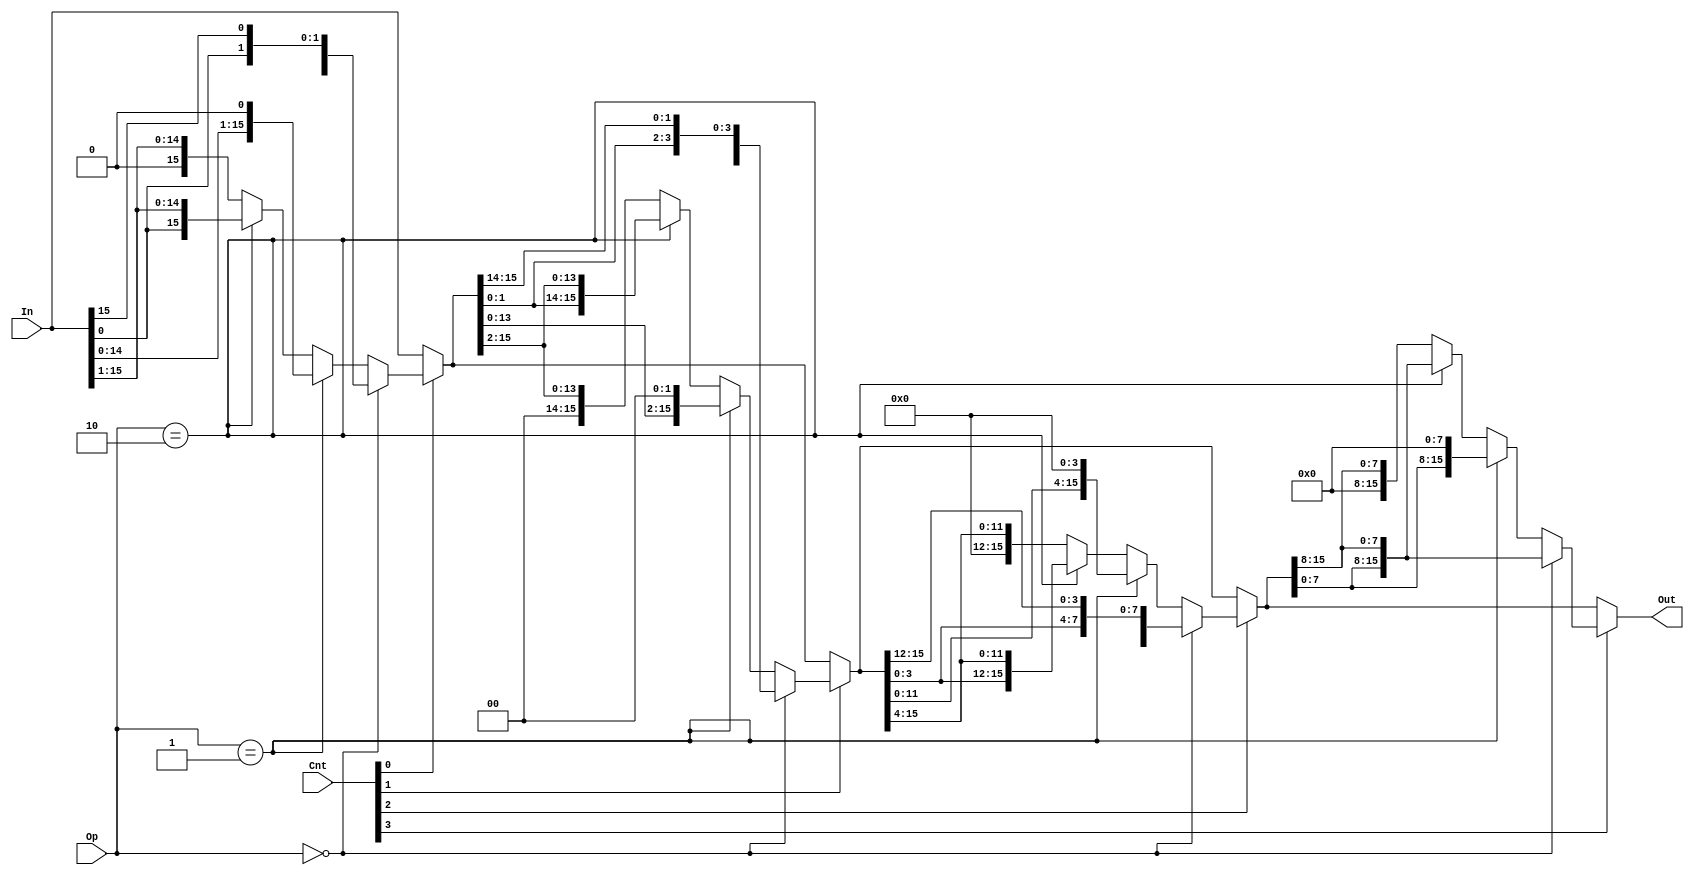
module shifter (In, Cnt, Op, Out);
   
   input [15:0] In;
   input [3:0]  Cnt;
   input [1:0]  Op;
   output [15:0] Out;

   wire [15:0] mod_layer_1, mod_layer_2, mod_layer_4, mod_layer_8;
   wire [15:0] res_layer_1, res_layer_2, res_layer_4, res_layer_8;

   localparam ROT_LEFT = 2'b00;
   localparam SHFT_LEFT = 2'b01;
   localparam ROT_RIGHT = 2'b10;
   localparam SHFT_RIGHT_LOG = 2'b11;

   // Layer 1 of Multiplexers
   assign mod_layer_1 = Op == ROT_LEFT ? ({In[14:0],In[15]}) :
                        (Op == SHFT_LEFT ? ({In[14:0], 1'b0}) :
                        (Op == ROT_RIGHT ? ({In[0],In[15:1]}) : 
                        ({1'b0,In[15:1]}))); // Op == SHFT_RIGHT_LOG 

   assign res_layer_1 = Cnt[0] ? mod_layer_1 : In;

   // Layer 2 of Multiplexers
   assign mod_layer_2 = Op == ROT_LEFT ? ({res_layer_1[13:0], res_layer_1[15:14]}) :
                     (Op == SHFT_LEFT ? ({res_layer_1[13:0], 2'b00}) :
                     (Op == ROT_RIGHT ? ({res_layer_1[1:0],res_layer_1[15:2]}) : 
                     ({2'b00,res_layer_1[15:2]}))); // Op == SHFT_RIGHT_LOG 

   assign res_layer_2 = Cnt[1] ? mod_layer_2 : res_layer_1;

   // Layer 4 of Multiplexers
   assign mod_layer_4 = Op == ROT_LEFT ? ({res_layer_2[11:0],res_layer_2[15:12]}) :
                     (Op == SHFT_LEFT ? ({res_layer_2[11:0], 4'b0000}) :
                     (Op == ROT_RIGHT ? ({res_layer_2[3:0],res_layer_2[15:4]}) : 
                     ({4'b0000,res_layer_2[15:4]}))); // Op == SHFT_RIGHT_LOG 

   assign res_layer_4 = Cnt[2] ? mod_layer_4 : res_layer_2;

   // Layer 8 of Multiplexers
   assign mod_layer_8 = Op == ROT_LEFT ? ({res_layer_4[7:0],res_layer_4[15:8]}) :
                     (Op == SHFT_LEFT ? ({res_layer_4[7:0], 8'b00000000}) :
                     (Op == ROT_RIGHT ? ({res_layer_4[7:0],res_layer_4[15:8]}) : 
                     ({8'b00000000,res_layer_4[15:8]}))); // Op == SHFT_RIGHT_LOG 

   assign res_layer_8 = Cnt[3] ? mod_layer_8 : res_layer_4;

   assign Out = res_layer_8;

endmodule